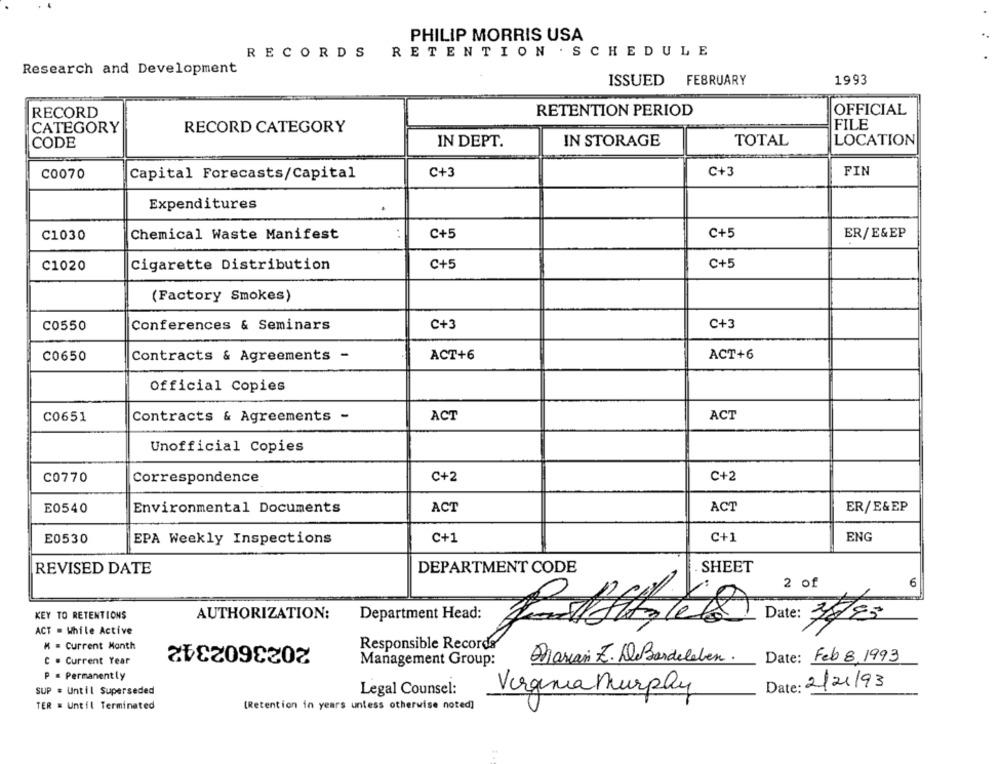
PHILIP MORRIS USA
RECORDS RETENTION . SCHEDULE
Research and Development
ISSUED FEBRUARY
1993
RECORD
RETENTION PERIOD
OFFICIAL
CATEGORY
RECORD CATEGORY
FILE
CODE
IN DEPT.
IN STORAGE
TOTAL
LOCATION
C0070
Capital Forecasts/Capital
C+3
C+3
FIN
Expenditures
.
C1030
Chemical Waste Manifest
C+5
C+5
ER/E&EP
C1020
Cigarette Distribution
C+5
C+5
(Factory Smokes)
C0550
Conferences & Seminars
C+3
C+3
C0650
Contracts & Agreements -
ACT+6
ACT+6
Official Copies
C0651
Contracts & Agreements -
ACT
ACT
Unofficial Copies
C0770
Correspondence
C+2
C+2
E0540
Environmental Documents
ACT
ACT
ER/E&EP
E0530
EPA Weekly Inspections
C+1
C+1
ENG
REVISED DATE
DEPARTMENT CODE
SHEET
6
2 of
Date: 378-
KEY TO RETENTIONS
AUTHORIZATION:
Department Head:
ACT = While Active
2023602342
M = Current Month
Responsible Records
Date: Feb 8, 1993
C . Current Year
Management Group:
Marian Z. DeBardeleben.
P = Permanently
Date: 2/21/93
SUP = Until Superseded
Legal Counsel:
Virginia Murphy
TER = Until Terminated
[Retention in years unless otherwise noted]